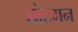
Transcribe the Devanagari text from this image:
शोटगन